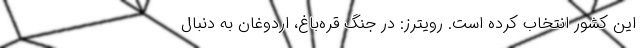
این کشور انتخاب کرده است. رویترز: در جنگ قره‌باغ، اردوغان به دنبال